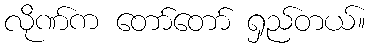
လိုဏ်က တော်တော် ရှည်တယ်။